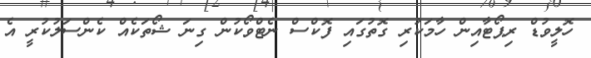
ހޮލީވުޑް ރިޕޯޓާއިން ހާމަކުރި ގޮތުގައި ފޮކްސް ނެޓްވޯކުން ގިނަ ޝޯތަކެއް ކެންސަލުކުރީ އެ